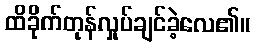
ထိခိုက်တုန်လှုပ်ချင်ခဲ့လေ၏။